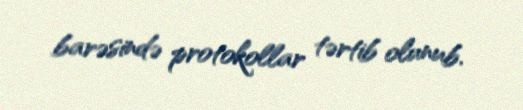
barəsində protokollar tərtib olunub.